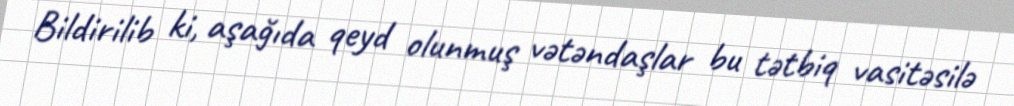
Bildirilib ki, aşağıda qeyd olunmuş vətəndaşlar bu tətbiq vasitəsilə